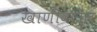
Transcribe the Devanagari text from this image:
खाणीवरील